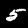
Digit: 5